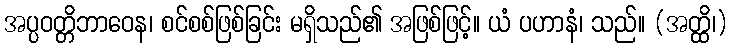
အပ္ပဝတ္တိဘာဝေန၊ စင်စစ်ဖြစ်ခြင်း မရှိသည်၏ အဖြစ်ဖြင့်။ ယံ ပဟာနံ၊ သည်။ (အတ္ထိ၊)